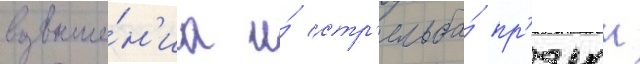
возвыше́н'иа и́ стр'ельба́ пр'ямои